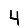
Digit: 4